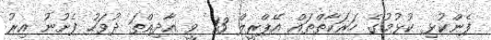
ފެންކުޅި ކުޅުމުގެ ހަރަކާތްތައް އޭޕްރީލް 13 ވީ އާދިއްތަ ދުވަހު ފެށުނު އިރު